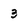
Character: 3